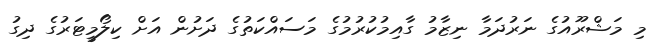
މި މަޝްރޫއުގެ ނަރުދަމާ ނިޒާމު ގާއިމުކުރުމުގެ މަސައްކަތުގެ ދަށުން އަށް ކިލޯމީޓަރުގެ ދިގު